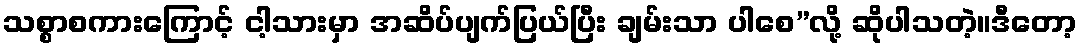
သစ္စာစကားကြောင့် ငါ့သားမှာ အဆိပ်ပျက်ပြယ်ပြီး ချမ်းသာ ပါစေ”လို့ ဆိုပါသတဲ့။ဒီတော့